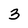
Character: 3